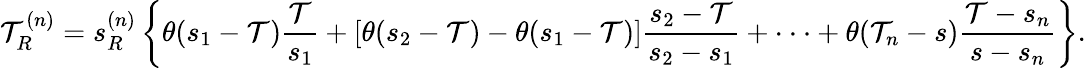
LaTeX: \mathcal{T}_{R}^{(n)}=s_{R}^{(n)}\left\{ \theta(s_{1}-\mathcal{T}){\frac{{\mathcal{T}}}{{s_{1}}}}+[\theta(s_{2}-\mathcal{T})-\theta(s_{1}-\mathcal{T})]{\frac{{s_{2}-\mathcal{T}}}{{s_{2}-s_{1}}}}+\cdot\cdot\cdot+\theta(\mathcal{T}_{n}-s){\frac{{\mathcal{T}-s_{n}}}{{s-s_{n}}}}\right\} .